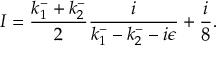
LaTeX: I = \frac { k _ { 1 } ^ { - } + k _ { 2 } ^ { - } } { 2 } \frac { i } { k _ { 1 } ^ { - } - k _ { 2 } ^ { - } - i \epsilon } + \frac { i } { 8 } .